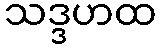
သဒ္ဒဟထ